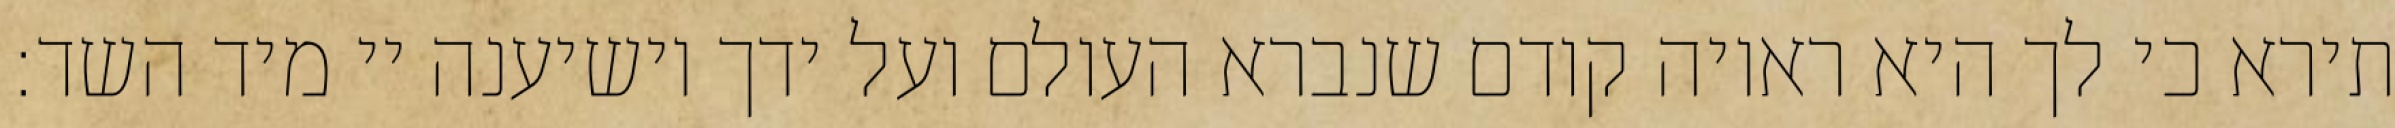
תירא כי לך היא ראויה קודם שנברא העולם ועל ידך יושיענה יי מיד השד: